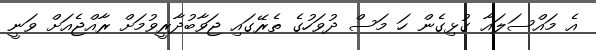
އެ މައްސަލައާ ގުޅިގެން ހަ މަސް ދުވަހުގެ ތެރޭގައި ޖަވާބުދާރީވުމަށް ރާއްޖެއަށް ވަނީ